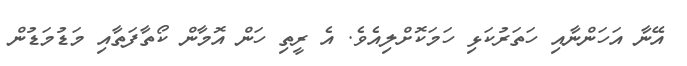
އޭނާ އަހަންނާއި ހަތަރުކަޅި ހަމަކޮށްލިއެވެ. އެ ރީތި ހަން އޮމާން ކޯތާފަތާއި މަޑުމަޑުން